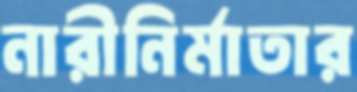
নারীনির্মাতার